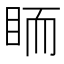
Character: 𥅡